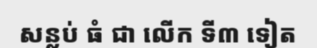
សន្លប់ ធំ ជា លើក ទី៣ ទៀត